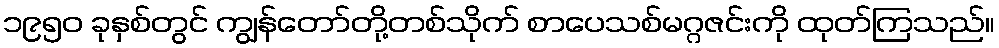
၁၉၅၀ ခုနှစ်တွင် ကျွန်တော်တို့တစ်သိုက် စာပေသစ်မဂ္ဂဇင်းကို ထုတ်ကြသည်။